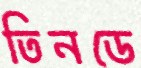
তিনডে